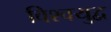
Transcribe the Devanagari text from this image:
विश्‍वयुद्व